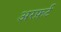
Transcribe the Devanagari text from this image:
अरफ़र्ट